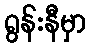
ရွန်းနီမှာ